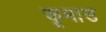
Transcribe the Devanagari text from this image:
कूमाउ